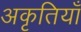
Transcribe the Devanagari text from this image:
अकृतियाँ